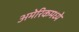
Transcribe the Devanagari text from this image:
अमेरिकमध्ये